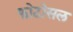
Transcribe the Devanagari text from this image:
फोटोसल